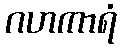
ဂဟကာရံ